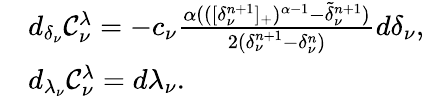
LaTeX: \begin{array}{rl}&{d_{\delta_{\nu}}{\cal C}_{\nu}^{\lambda}=-c_{\nu}\frac{\alpha(([\delta_{\nu}^{n+1}]_{+})^{\alpha-1}-\widetilde\delta_{\nu}^{n+1})}{2(\delta_{\nu}^{n+1}-\delta_{\nu}^{n})}d{\delta_{\nu}},}\\ &{d_{\lambda_{\nu}}{\cal C}_{\nu}^{\lambda}=d{\lambda_{\nu}}.}\end{array}